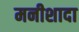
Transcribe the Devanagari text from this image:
मनीशादा